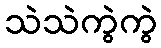
သဲသဲကွဲကွဲ